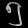
Digit: ၅